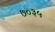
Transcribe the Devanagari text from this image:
७०३५